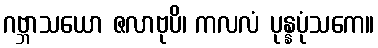
ဂဗ္ဘာသယော ဇလာဗုပိ၊ ကလလံ ပုန္နပုံသကေ။